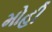
મોહી